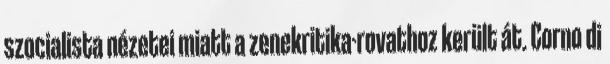
szocialista nézetei miatt a zenekritika-rovathoz került át. Corno di